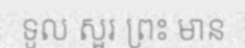
ទូល សួរ ព្រះ មាន